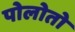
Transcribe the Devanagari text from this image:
पोलोतो